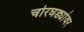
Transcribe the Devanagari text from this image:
चोरघड्यांवर